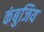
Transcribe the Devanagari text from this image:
कंबुजिय